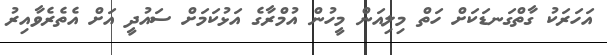
އަހަރަކު ގާތްގަނޑަކަށް ހަތް މިލިއަން މީހުން އުމްރާގެ އަޅުކަމަށް ސައުދީ އަށް އެތެރެވާއިރު